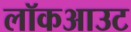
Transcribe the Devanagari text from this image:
लॉकआउट